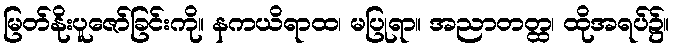
မြတ်နိုးပူဇော်ခြင်းကို။ နကယိရာထ၊ မပြုရာ။ အညာတတ္ထ၊ ထိုအရပ်၌။